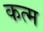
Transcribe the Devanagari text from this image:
कत्म